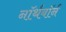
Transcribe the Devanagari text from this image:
नॉर्थबॉर्न